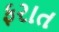
ફરાત